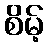
စိမ့်